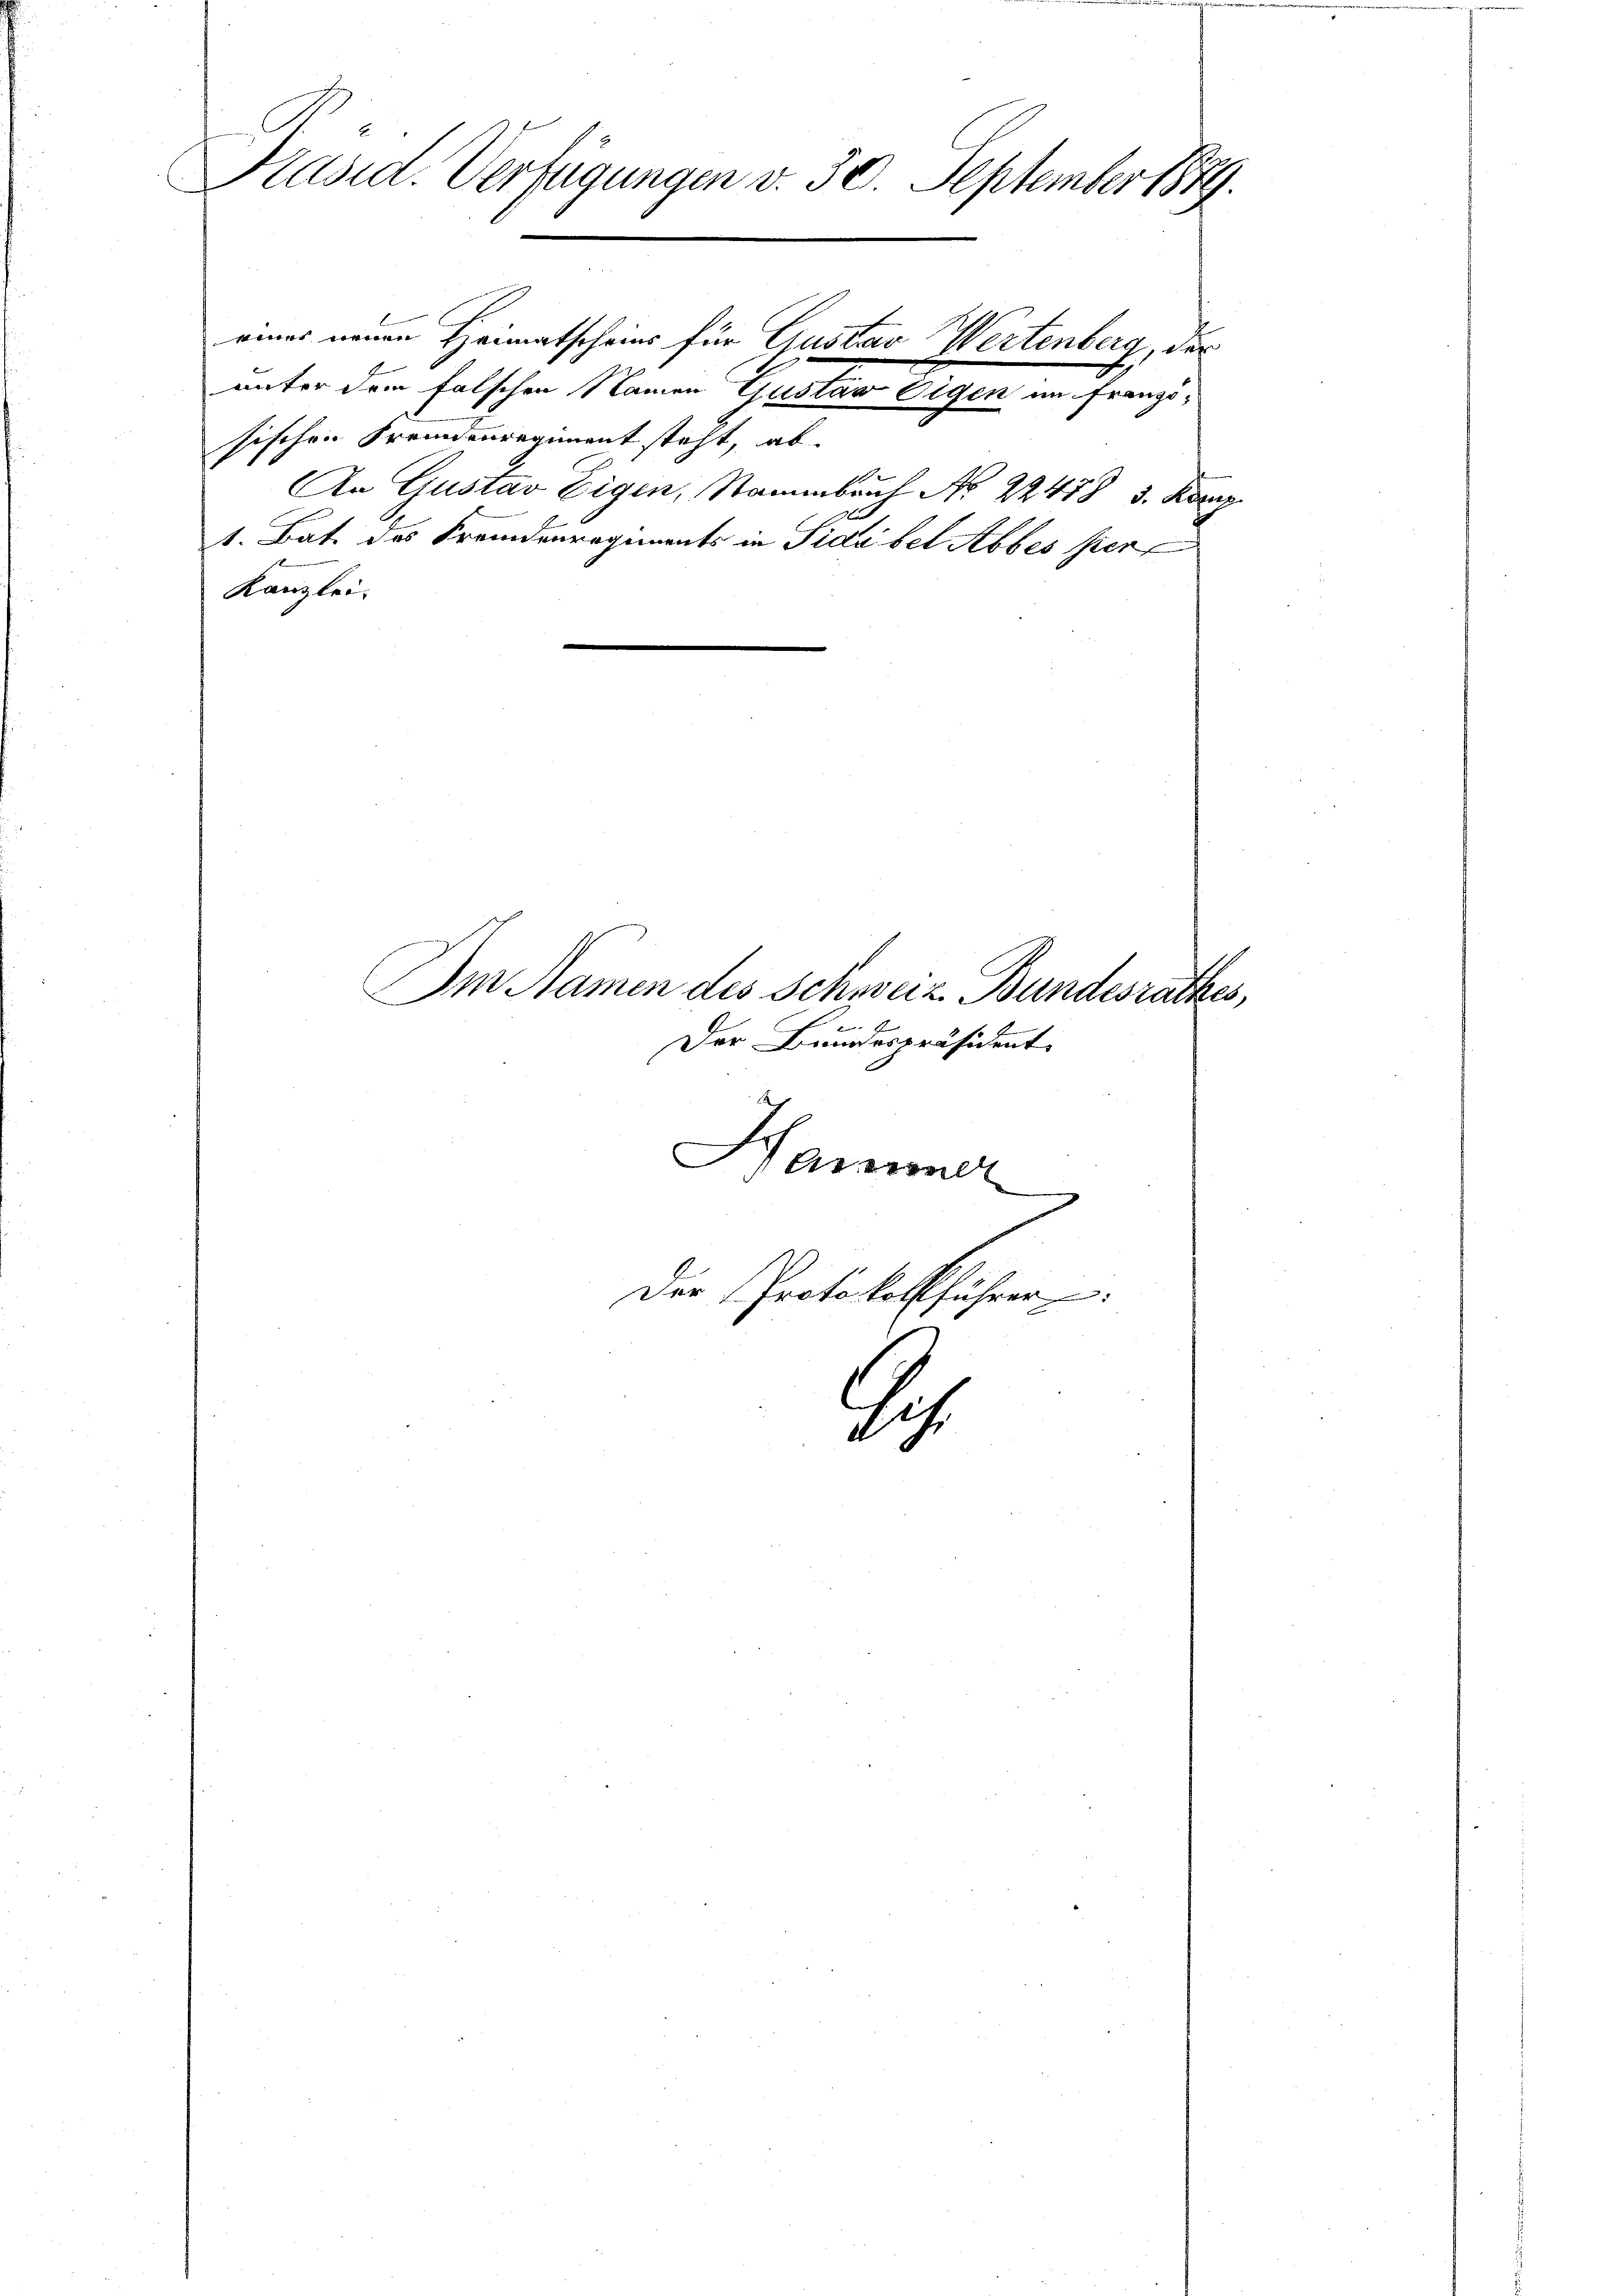
Kasia. Verfügungen v. 30. September 1889.
eines neuen Heimatscheins für Gustav Wertenberg, der
unter dem falschen Namen Gustav Eigen im französischen Frennenregiment steht, ab

1
An Gustav Eigen, Stammbach No 22478 3. Konr
x
1. Bat. des Fremdenregiments in Sidebet Abbes ser
Kanzlei.

Im Namen des Schweiz. Bundesrathes,
.
Der Bundespräsident.
Hammer
Der Protokollführer

1
.
d